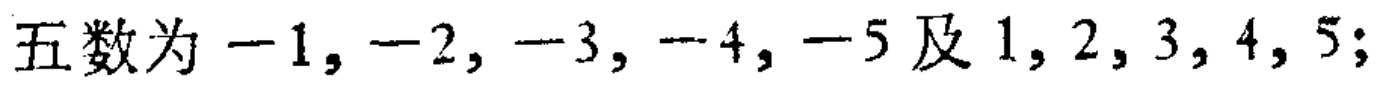
五数为\(-1,-2,-3,-4,-5\)及\(1,2,3,4,5\);